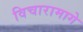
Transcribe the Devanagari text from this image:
विचारामागे